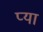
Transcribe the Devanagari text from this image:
प्या